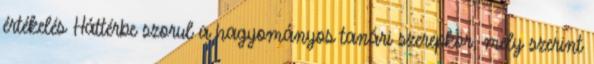
értékelés Háttérbe szorul a hagyományos tanári szerepkör, mely szerint